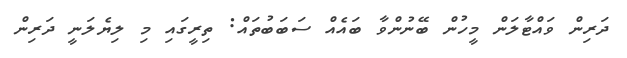
ދަރިން ވައްޓާލަން މީހުން ބޭނުންވާ ބައެއް ސަބަބުތައް: ތިރީގައި މި ލިޔެލަނީ ދަރިން